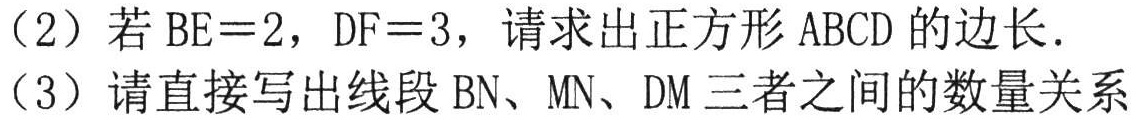
(2) 若\(BE = 2\)，\(DF = 3\)，请求出正方形\(ABCD\)的边长．
(3) 请直接写出线段\(BN\)、\(MN\)、\(DM\)三者之间的数量关系